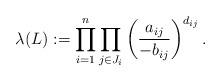
LaTeX: \begin{align*}\lambda(L):= \prod_{i=1}^n \prod_{j \in J_i} \left( \frac{a_{ij}}{-b_{ij}} \right)^{d_{ij}}. \end{align*}